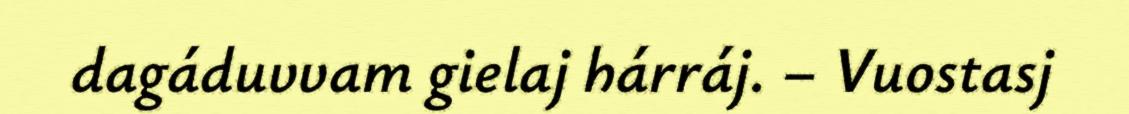
dagáduvvam gielaj hárráj. – Vuostasj